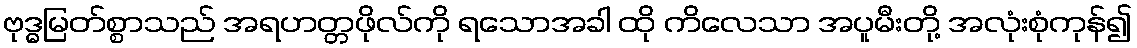
ဗုဒ္ဓမြတ်စ္စာသည် အရဟတ္တဖိုလ်ကို ရသောအခါ ထို ကိလေသာ အပူမီးတို့ အလုံးစုံကုန်၍